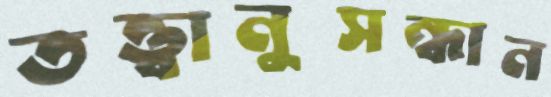
তত্ত্বানুসন্ধান